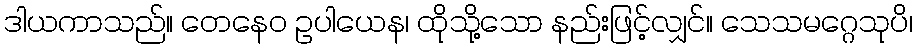
ဒါယကာသည်။ တေနေဝ ဥပါယေန၊ ထိုသို့သော နည်းဖြင့်လျှင်။ သေသမဂ္ဂေသုပိ၊